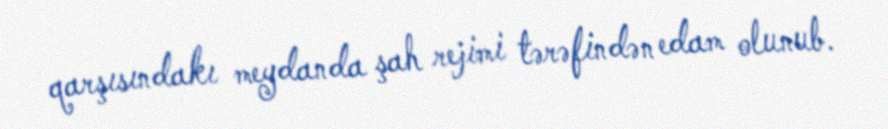
qarşısındakı meydanda şah rejimi tərəfindən edam olunub.